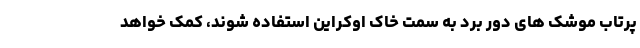
پرتاب موشک های دور برد به سمت خاک اوکراین استفاده شوند، کمک خواهد